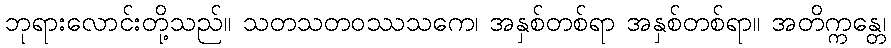
ဘုရားလောင်းတို့သည်။ သတသတဝဿသကေ၊ အနှစ်တစ်ရာ အနှစ်တစ်ရာ။ အတိက္ကန္တေ၊